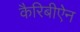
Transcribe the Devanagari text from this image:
कैरिबीऐन